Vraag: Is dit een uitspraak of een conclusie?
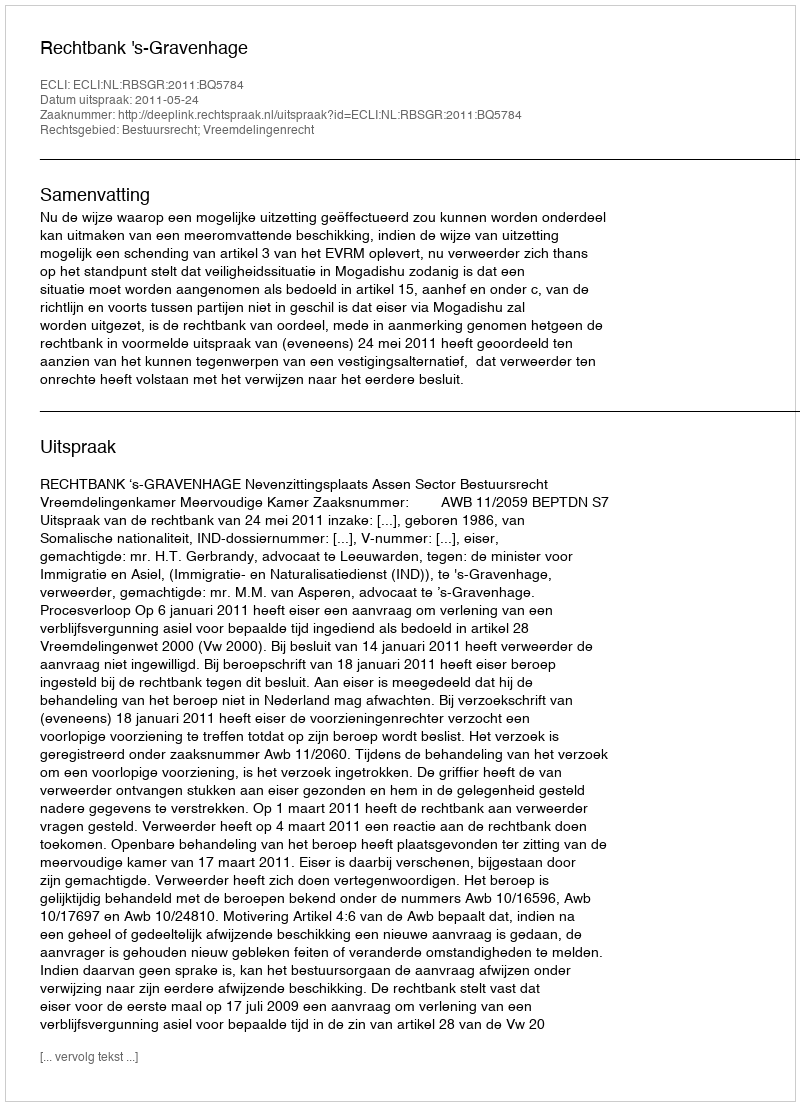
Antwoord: Uitspraak